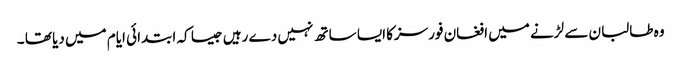
وہ طالبان سے لڑنے میں افغان فورسزکا ایسا ساتھ نہیں دے رہیں جیسا کہ ابتدائی ایام میں دیا تھا ۔